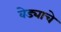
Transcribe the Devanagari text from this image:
वेड्याचे